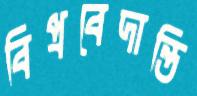
বিপ্রবেদান্তি